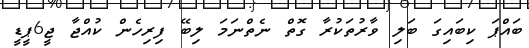
ބައްޕަ ކިބައިގަ ބަލި ވާރުތަކުރާ ގޮތް ނެތްނަމަ ލިބޭ ފިރިހެން ކުއްޖާ ޖީ6ޕީޑީ